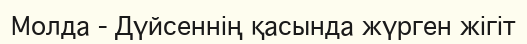
Молда - Дүйсеннің қасында жүрген жігіт